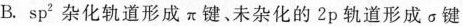
B.sp^{2}杂化轨道形成\pi键、未杂化的2p轨道形成\sigma 键